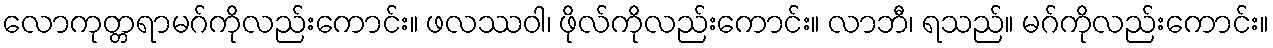
လောကုတ္တရာမဂ်ကိုလည်းကောင်း။ ဖလဿဝါ၊ ဖိုလ်ကိုလည်းကောင်း။ လာဘီ၊ ရသည်။ မဂ်ကိုလည်းကောင်း။